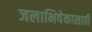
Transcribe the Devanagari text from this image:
जलाभिषेकासाठी